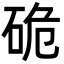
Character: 硊